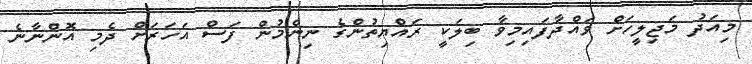
މިއަދު މަޖިލީހަށް ވައްދާފައިމިވާ ބިލަކީ ރައްޔިތުންގެ ނިންމުން ފަސް އަހަރަށް ދެމި އޮންނާނެ